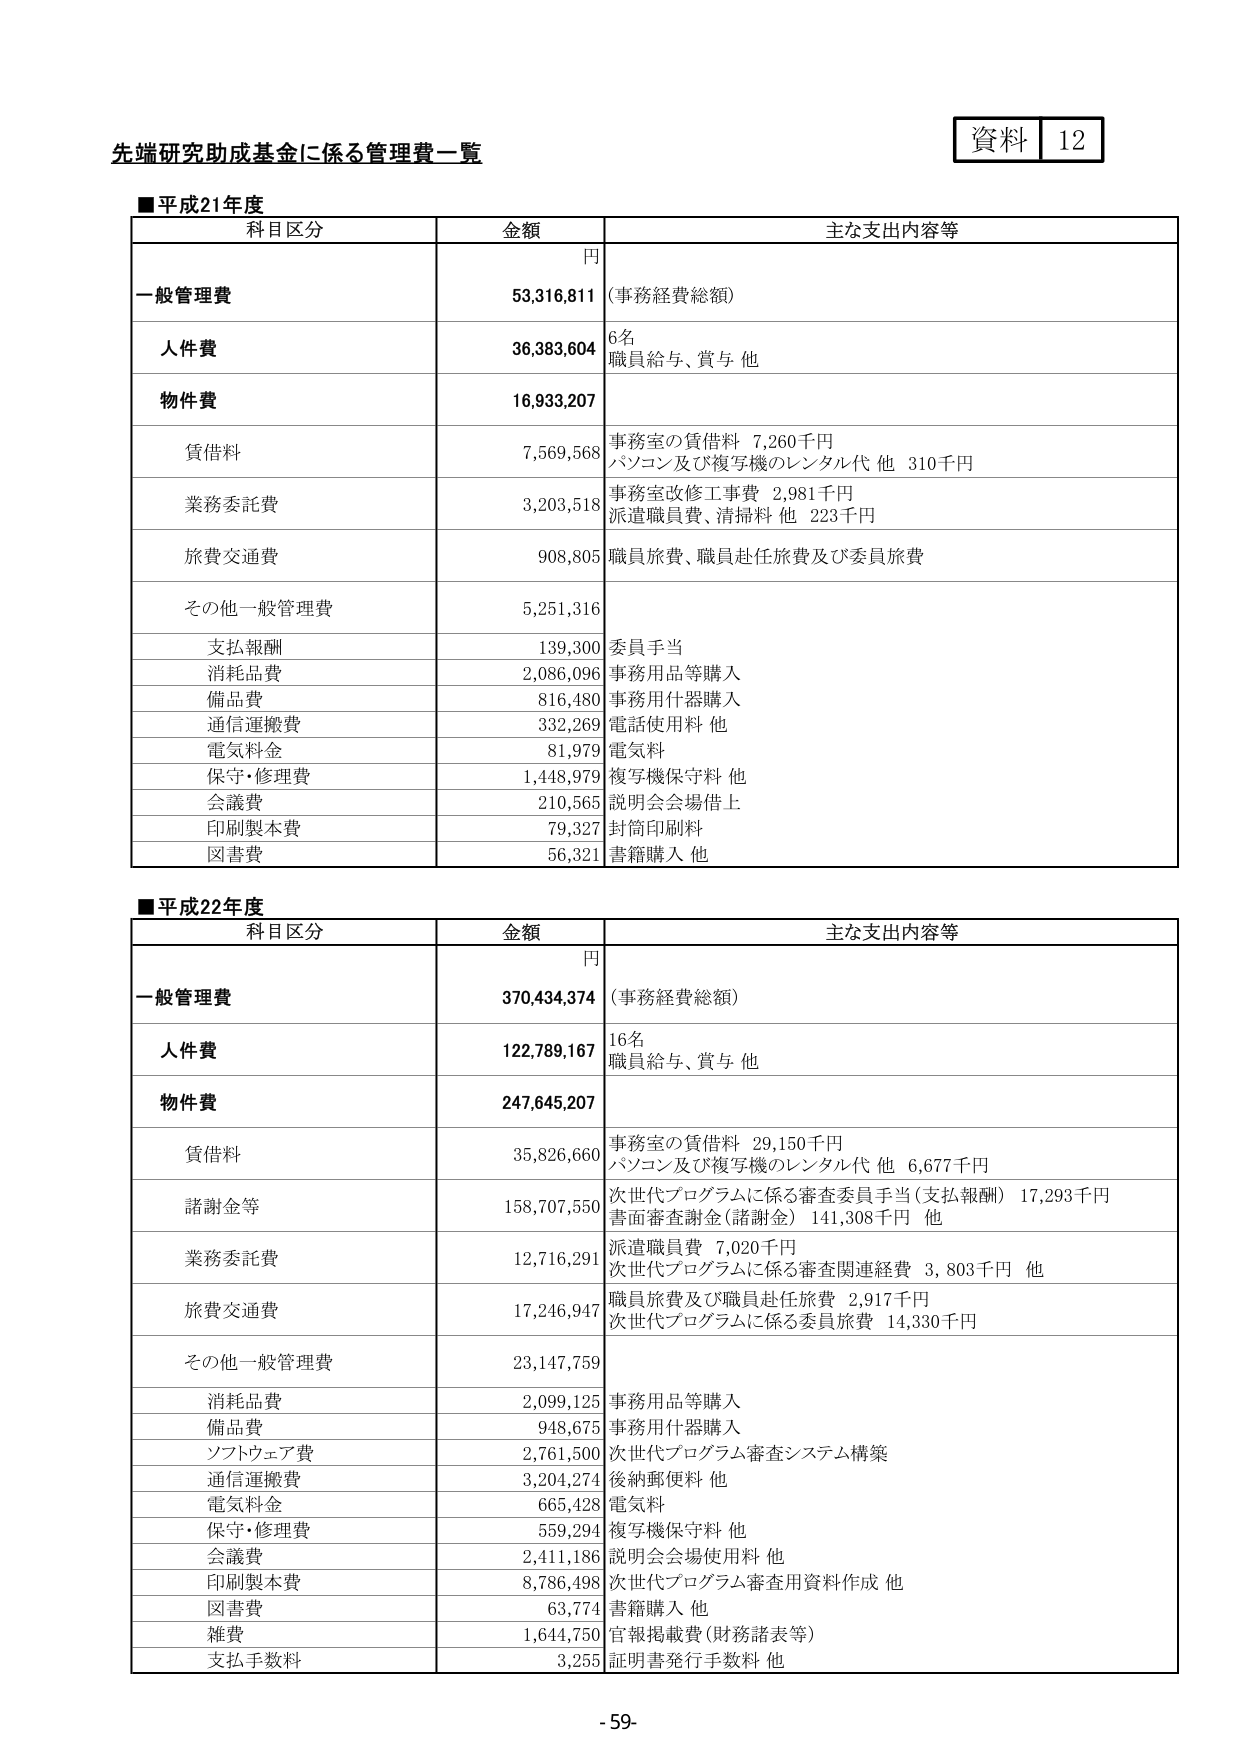
先端研究助成基金に係る管理費一覧

資料 12

■平成21年度

科目区分 金額 主な支出内容等
円
一般管理費 53,316,811 （事務経費総額）
人件費 36,383,604 6名
職員給与、賞与 他
物件費 16,933,207
賃借料 7,569,568 事務室の賃借料 7,260千円
パソコン及び複写機のレンタル代 他 310千円
業務委託費 3,203,518 事務室改修工事費 2,981千円
派遣職員費、清掃料 他 223千円
旅費交通費 908,805 職員旅費、職員赴任旅費及び委員旅費
その他一般管理費 5,251,316
支払報酬 139,300 委員手当
消耗品費 2,086,096 事務用品等購入
備品費 816,480 事務用什器購入
通信運搬費 332,269 電話使用料 他
電気料金 81,979 電気料
保守・修理費 1,448,979 複写機保守料 他
会議費 210,565 説明会会場借上
印刷製本費 79,327 封筒印刷料
図書費 56,321 書籍購入 他

■平成22年度

科目区分 金額 主な支出内容等
円
一般管理費 370,434,374 （事務経費総額）
人件費 122,789,167 16名
職員給与、賞与 他
物件費 247,645,207
賃借料 35,826,660 事務室の賃借料 29,150千円
パソコン及び複写機のレンタル代 他 6,677千円
諸謝金等 158,707,550 次世代プログラムに係る審査委員手当（支払報酬）17,293千円
書面審査謝金（諸謝金）141,308千円 他
業務委託費 12,716,291 派遣職員費 7,020千円
次世代プログラムに係る審査関連経費 3,803千円 他
旅費交通費 17,246,947 職員旅費及び職員赴任旅費 2,917千円
次世代プログラムに係る委員旅費 14,330千円
その他一般管理費 23,147,759
消耗品費 2,099,125 事務用品等購入
備品費 948,675 事務用什器購入
ソフトウェア費 2,761,500 次世代プログラム審査システム構築
通信運搬費 3,204,274 後納郵便料 他
電気料金 665,428 電気料
保守・修理費 559,294 複写機保守料 他
会議費 2,411,186 説明会会場使用料 他
印刷製本費 8,786,498 次世代プログラム審査用資料作成 他
図書費 63,774 書籍購入 他
雑費 1,644,750 官報掲載費（財務諸表等）
支払手数料 3,255 証明書発行手数料 他

-59-